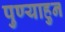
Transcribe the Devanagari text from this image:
पुण्याहुन